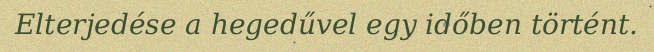
Elterjedése a hegedűvel egy időben történt.